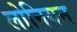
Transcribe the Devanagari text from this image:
लोनियन